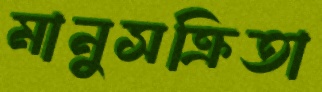
মানুসক্রিতা